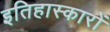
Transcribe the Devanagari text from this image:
इतिहास्कारों